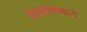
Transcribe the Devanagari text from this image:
सेवाभाववाले